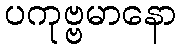
ပကုဗ္ဗမာနော